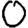
Digit: 0